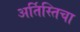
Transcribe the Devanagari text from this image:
अर्तिस्तिचा